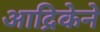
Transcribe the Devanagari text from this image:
आद्रिकेने